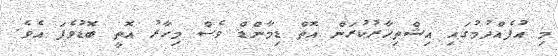
މި އުފެއްދުމުގައި އިޝްތިހާރުކުރަން އޮތް ޑިމާންޑް ވެސް މިހާރު އޮތީ ބޮޑުވެފަ އެވެ.